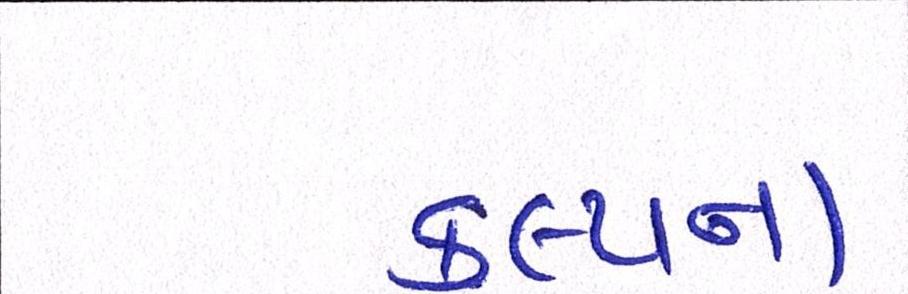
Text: કલ્પના